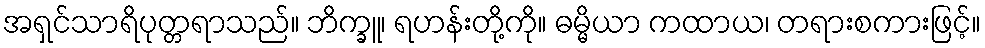
အရှင်သာရိပုတ္တရာသည်။ ဘိက္ခူ၊ ရဟန်းတို့ကို။ ဓမ္မိယာ ကထာယ၊ တရားစကားဖြင့်။